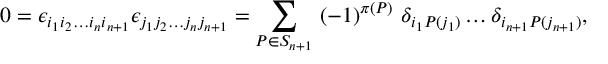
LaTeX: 0 = \epsilon _ { i _ { 1 } i _ { 2 } \dots i _ { n } i _ { n + 1 } } \epsilon _ { j _ { 1 } j _ { 2 } \dots j _ { n } j _ { n + 1 } } = \sum _ { P \in S _ { n + 1 } } \ ( - 1 ) ^ { \pi ( P ) } \ \delta _ { i _ { 1 } P ( j _ { 1 } ) } \dots \delta _ { i _ { n + 1 } P ( j _ { n + 1 } ) } ,